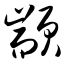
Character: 颛